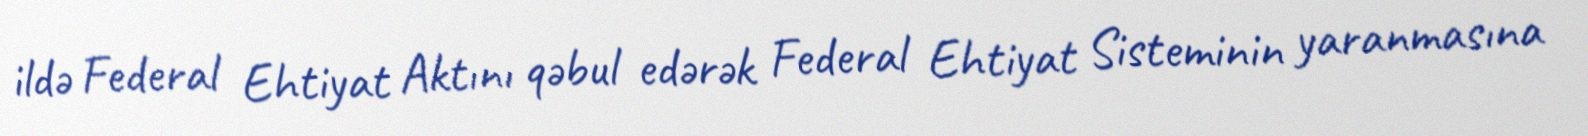
ildə Federal Ehtiyat Aktını qəbul edərək Federal Ehtiyat Sisteminin yaranmasına